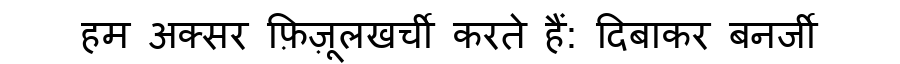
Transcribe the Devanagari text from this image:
हम अक्सर फ़िज़ूलखर्ची करते हैं: दिबाकर बनर्जी